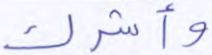
وأشرك